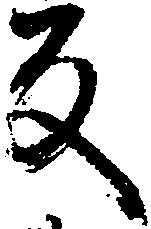
反